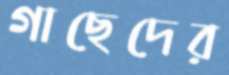
গাছেদের